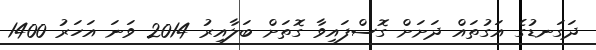
ދަގަނޑުގެ އަގުތައް ދަށަށް ގޮސްފައިވާ ގޮތަށް ބަލާއިރު 2014 ވަނަ އަހަރު 1400